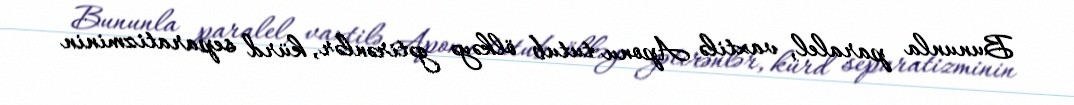
Bununla paralel, vaxtilə Aponu tutub ölkəyə gətirənlər, kürd separatizminin